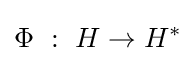
\Phi ~:~H\to H^{*}